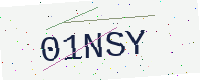
Text: 01NSY